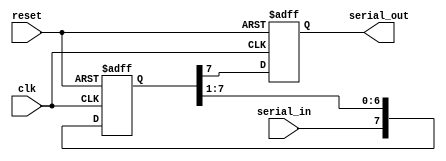
module PISO_shift_register(
    input clk,           // Clock signal
    input reset,         // Reset signal
    input serial_in,     // Serial data input
    output reg serial_out // Serial data output
);

reg [7:0] shift_register; // 8-bit shift register

always @(posedge clk or posedge reset) begin
    if (reset) begin
        shift_register <= 8'b0; // Reset shift register to zero
        serial_out <= 1'b0;     // Output zero
    end else begin
        // Shift data through the register
        shift_register <= {serial_in, shift_register[7:1]}; 
        serial_out <= shift_register[7]; // Output data from last stage
    end
end

endmodule